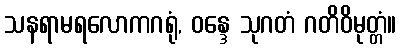
သနရာမရလောကဂရုံ, ဝန္ဒေ သုဂတံ ဂတိဝိမုတ္တံ။